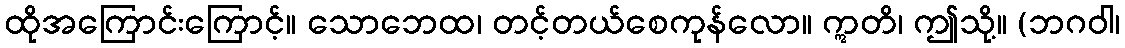
ထိုအကြောင်းကြောင့်။ သောဘေထ၊ တင့်တယ်စေကုန်လော။ ဣတိ၊ ဤသို့။ (ဘဂဝါ၊